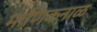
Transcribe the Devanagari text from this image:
माणिकनाळ